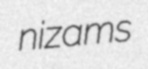
nizams